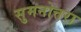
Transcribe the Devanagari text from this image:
सुमनोत्तरा